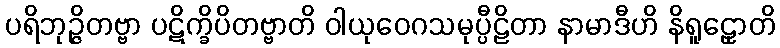
ပရိဘုဉ္ဇိတဗ္ဗာ ပဋိက္ခိပိတဗ္ဗာတိ ဝါယုဝေဂသမုပ္ပီဠိတာ နာမာဒီဟိ နိရူဠှောတိ